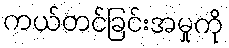
ကယ်တင်ခြင်းအမှုကို